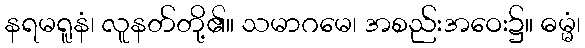
နရမရူနံ၊ လူနတ်တို့၏။ သမာဂမေ၊ အစည်းအဝေး၌။ ဓမ္မံ၊